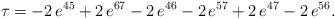
LaTeX: \begin{align*}\tau = -2\,e^{45}+2\,e^{67}-2\,e^{46}-2\,e^{57}+2\,e^{47}-2\,e^{56}. \end{align*}